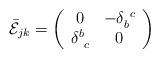
LaTeX: \begin{align*}\bar{\cal E}_{jk}=\left(\begin{array}{cc} 0& -\delta_{b}^{~c}\\ \delta^{b}_{~c}&0 \end{array}\right)\end{align*}